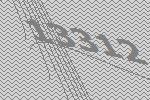
13312